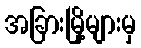
အခြားမြို့များမှ